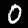
Digit: 0